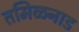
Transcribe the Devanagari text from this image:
तमिळनाड